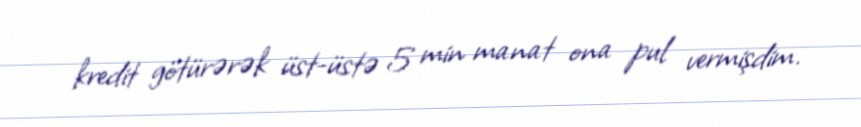
kredit götürərək üst-üstə 5 min manat ona pul vermişdim.